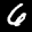
Label: 6